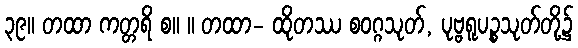
၃၉။ တထာ ကတ္တရိ စ။ ။ တထာ- ထိုတဿ စဝဂ္ဂသုတ်, ပုဗ္ဗရူပဉ္စသုတ်တို့၌